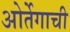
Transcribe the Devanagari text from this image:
ओर्तेगाची